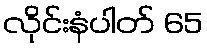
လိုင်းနံပါတ် 65